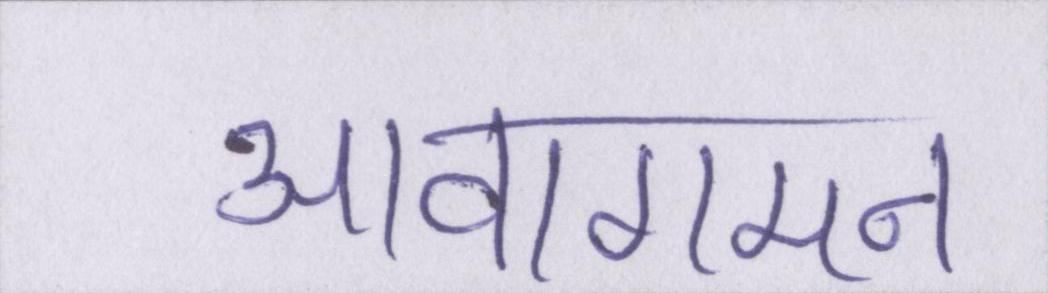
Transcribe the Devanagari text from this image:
आवागमन